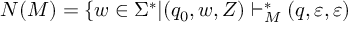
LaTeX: N ( M ) = \{ w \in \Sigma ^ { * } | ( q _ { 0 } , w , Z ) \vdash _ { M } ^ { * } ( q , \varepsilon , \varepsilon )